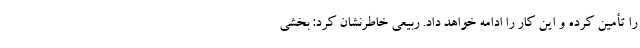
را تأمین کرده و این کار را ادامه خواهد داد. ربیعی خاطرنشان کرد: بخشی